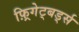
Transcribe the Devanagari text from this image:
फ़्रिगेट्बर्ड्स